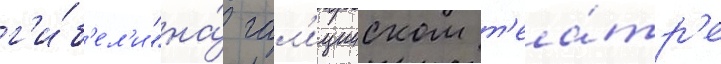
г'и́б'ел'и "на́ гал'ицииском т'еа́тр'е